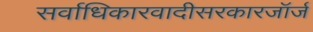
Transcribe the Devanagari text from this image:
सर्वाधिकारवादीसरकारजॉर्ज